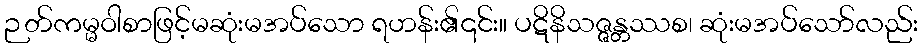
ဉတ်ကမ္မဝါစာဖြင့်မဆုံးမအပ်သော ရဟန်း၏၎င်း။ ပဋိနိသဇ္ဇန္တဿစ၊ ဆုံးမအပ်သော်လည်း